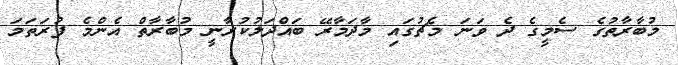
މުބާރާތުގެ ސެމީގެ ދެ ވަނަ މެޗުގައި މާދަމާރޭ ބައްދަލުކުރާނީ މުބާރާތް އެންމެ ފުރަތަމަ